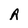
Character: A